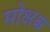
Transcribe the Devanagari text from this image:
मोक्षश्च